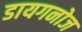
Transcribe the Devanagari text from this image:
डायगनोज